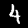
Label: 4